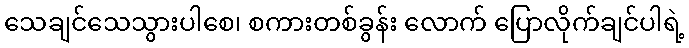
သေချင်သေသွားပါစေ၊ စကားတစ်ခွန်း လောက် ပြောလိုက်ချင်ပါရဲ့